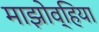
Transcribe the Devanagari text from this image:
माझोव्हिया